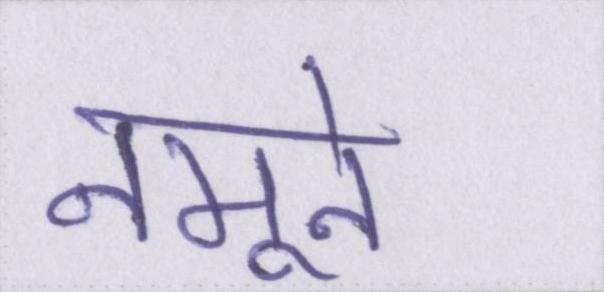
नमूने